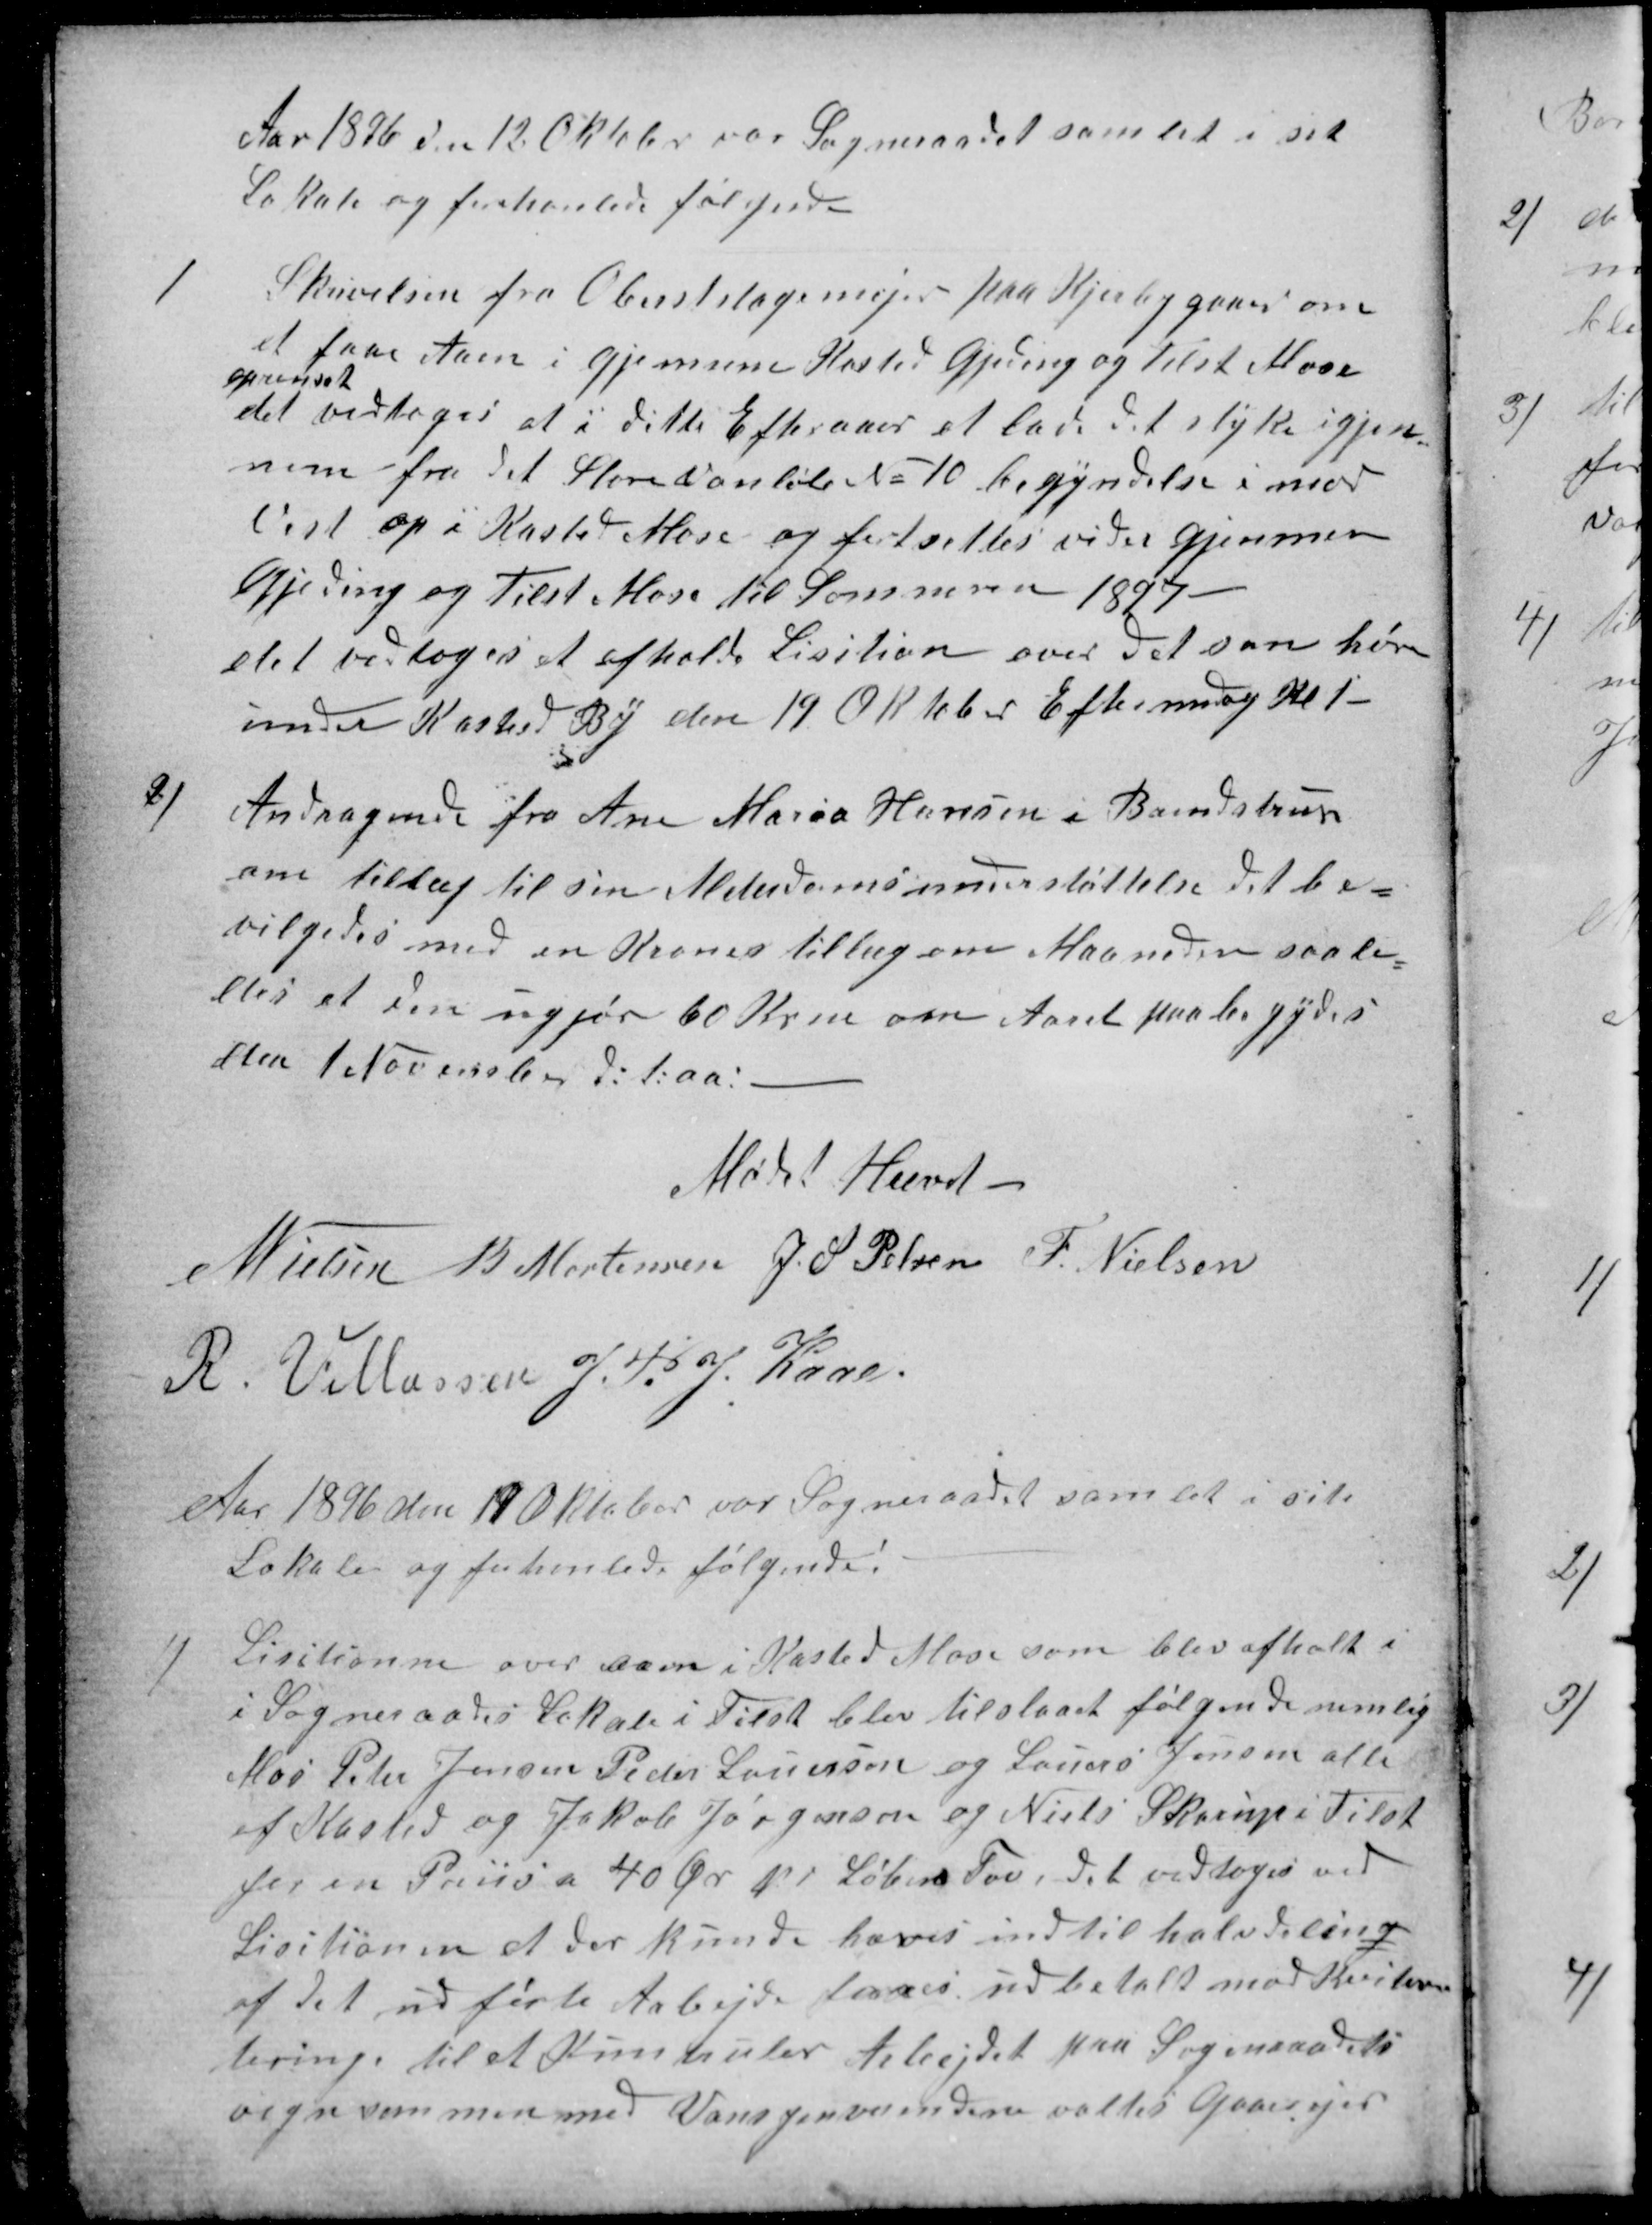
Transskription:
Aar 1896 den 12 Oktober var Sogneraadet samlet i sit
Lokale og forhanlede følgende
1
Skrivelsen fra Oberst stagemejer paa Kjerbygaard om
et faae Aaen i gjennem Kasted Gjeding og Tilst Mose
oprenset
det vedtoges at i dette Efteraaer at lade det styke igjen-
nem fra det Store Vanløb No 10 begyndelse i mod
Vest op i Kasted Mose og fortsættes vider gjennem
Gjeding og Tilst Mose til Sommeren 1897-
det vedtoges et afholde Lisition over det som hører
under Kasted By den 19 Oktober Eftermidag Kl 1 -
2)
Andragende fra Ane Maria Hansen i Brendstrup
om tillæg til sin Alderdomsumerstøttelse det be=
vilgedes med en Krones tillæg om Maaneden saale=
des at den ugjør 60 Krone om Aaret paabegydes
den 1 November d.t aa !
Mødet Hævet -
N Nielsen
B Mortensen
J. S. Pelsen
F. Nielsen
R. Villassen
J. P. J. Kaae.
Aar 1896 den 19 Oktober var Sogneraadet samlet i sit
Lokale og forhanlede følgende:
1)
Lisitionen over aaen i Kasted Mose som blev afholt i
i Sogneraades Lokale i Tilst blev tilstaaet følgende nemlig
Mas Peter Jensen Peder Lauersen og Laurs Jensen alle
af Kasted og Jakob Jørgensen og Niels Skaarup i Tilst
for en Priis a 40 Ør pr Løben Fav, det vedtoges ved
Lisitionen at der kunde hæves indtil halvdeling
af det udførte Arbejde faaes udbetalt mod Kviter-
tering, til at Kontruler Arbejdet paa Sogneraadets
vegn sammen med Vansynsmendene valtes Gaardejer